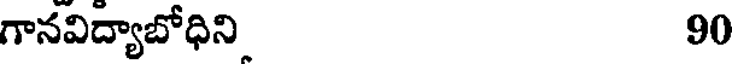
గానవిద్యాబోధిని 90